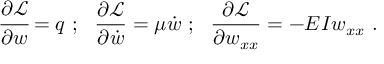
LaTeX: { \cfrac { \partial { \mathcal { L } } } { \partial w } } = q ~ ; ~ ~ { \frac { \partial { \mathcal { L } } } { \partial { \dot { w } } } } = \mu { \dot { w } } ~ ; ~ ~ { \frac { \partial { \mathcal { L } } } { \partial w _ { x x } } } = - E I w _ { x x } ~ .